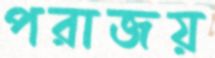
পরাজয়